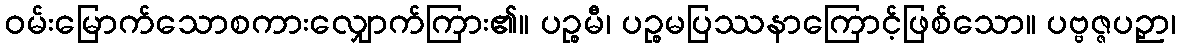
ဝမ်းမြောက်သောစကားလျှောက်ကြား၏။ ပဉ္စမီ၊ ပဉ္စမပြဿနာကြောင့်ဖြစ်သော။ ပဗ္ဗဇ္ဇပဉှာ၊